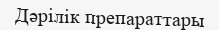
Дәрілік препараттары